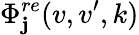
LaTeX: \Phi_{\mathbf{j}}^{re}(v,v^{\prime},k)